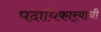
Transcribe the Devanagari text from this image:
पदाधिकार्‍यांनी